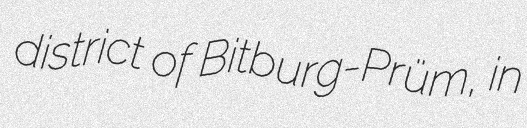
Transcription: district of Bitburg-Prüm, in